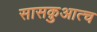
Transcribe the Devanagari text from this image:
सासक़ुआत्च